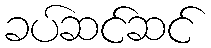
ခပ်ဆင်ဆင်